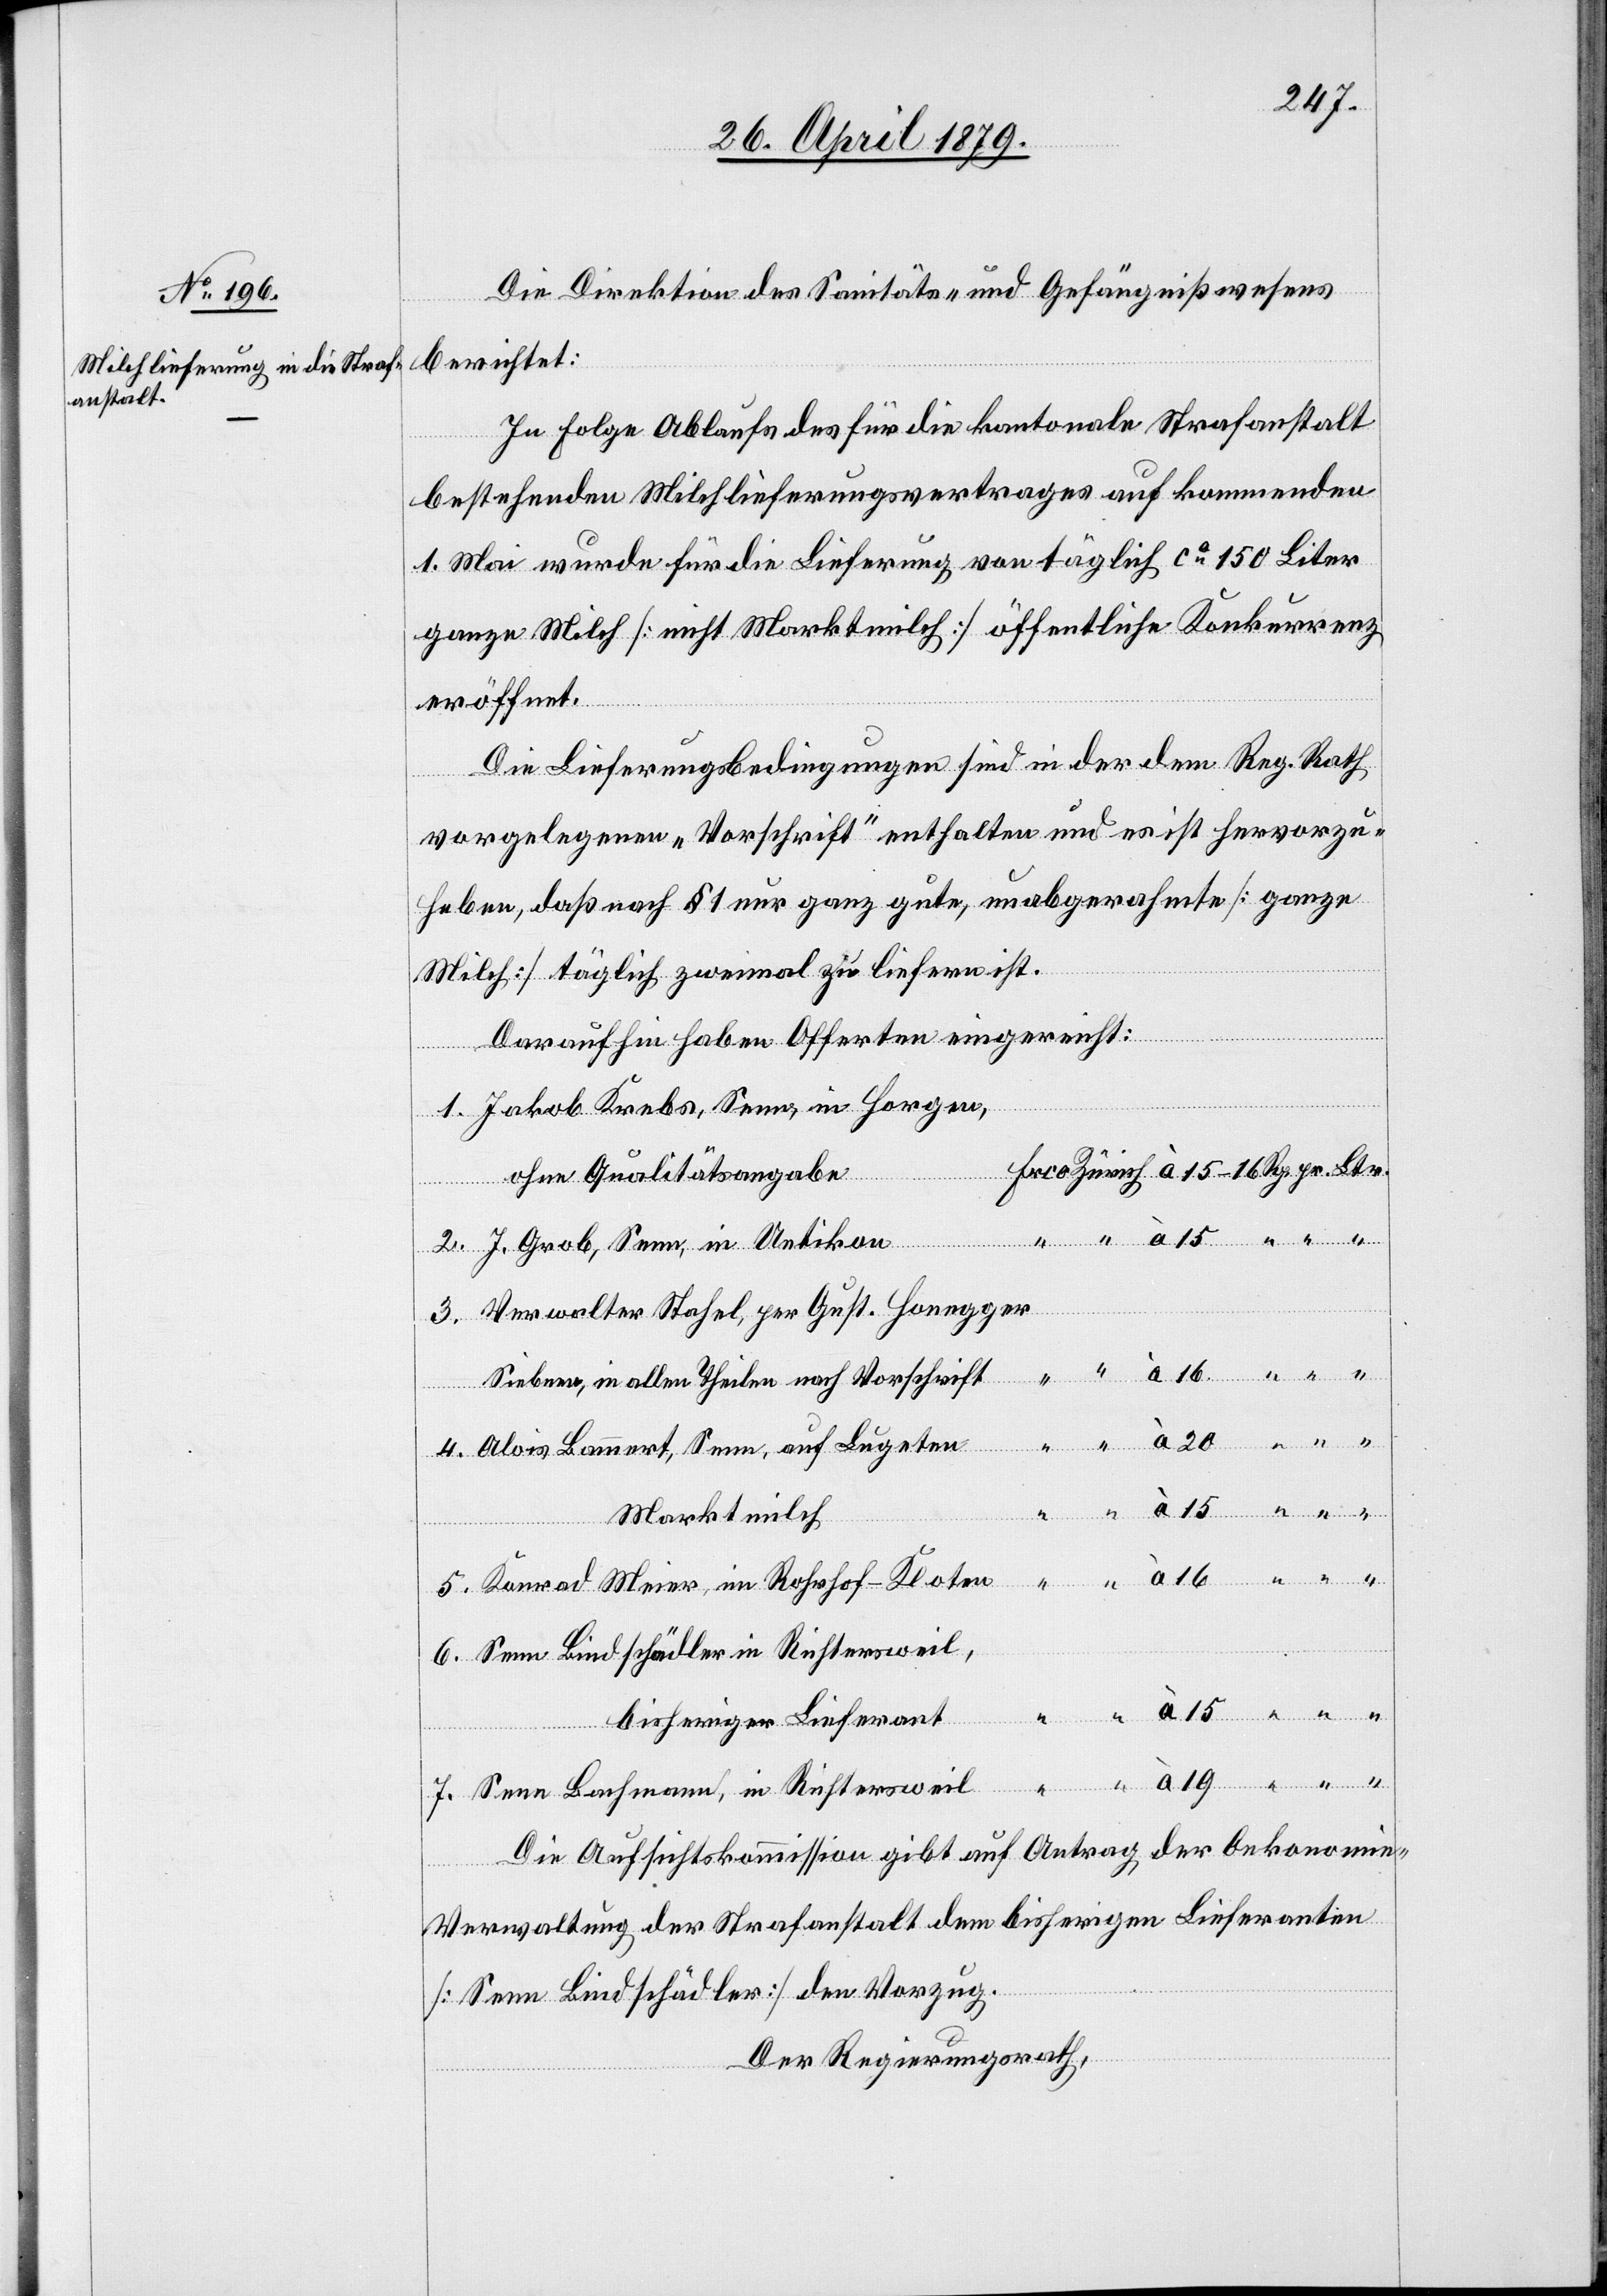
Die Direktion des Sanitäts- und Gefängnißwesens
berichtet:
In Folge Ablaufs des für die kantonale Strafanstalt
bestehenden Milchlieferungsvertrages auf kommenden
1. Mai wurde für die Lieferung von täglich ca 150 Liter
ganze Milch [nicht Marktmilch] öffentliche Konkurrenz
eröffnet.
Die Lieferungsbedingungen sind in der dem Reg. Rath
vorgelegenen „Vorschrift“ enthalten und es ist hervorzu¬
heben, daß nach § 1 nur ganz gute, unabgerahmte [ganze
Milch] täglich zweimal zu liefern ist.
Darauf hin haben Offerten eingereicht:
Jakob Krebs, Seen, in Horgen,
ohne Qualitätsangabe
J. Grob, Seen, in Uetikon
Verwalter Stahel, per Gust. Honegger
Siebnen, in allen Theilen nach Vorschrift
r, im
Alois Bammert, Seen, auf Lugeten
Marktmilch
Senn Bindschädler in Richtersweil,
bisheriger Lieferant
Senn Bachmann, in Richtersweil
Die Aufsichtskommission gibt auf Antrag der Oekonomie-V¬
7.
erwaltung der Strafanstalt dem bisherigen Lieferanten
[Senn Bindschädler] den Vorzug.
Der Regierungsrath,